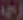
ري